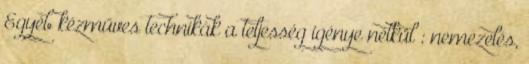
Egyéb kézműves technikák a teljesség igénye nélkül : nemezelés,